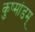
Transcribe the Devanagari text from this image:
कुष्मांडम्